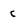
Character: c